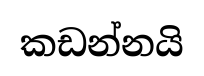
කඩන්නයි